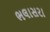
ભલાસરા